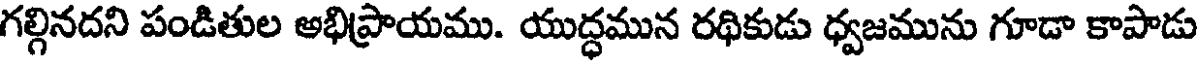
గల్గినదని పండితుల అభిప్రాయము. యుద్ధమున రథికుడు ధ్వజమును గూడా కాపాడు